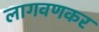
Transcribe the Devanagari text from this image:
लागवणकर